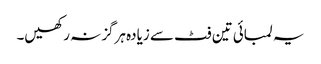
یہ لمبائی تین فٹ سے زیادہ ہرگز نہ رکھیں۔